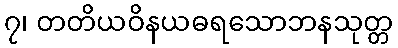
၇၊ တတိယဝိနယဓရသောဘနသုတ္တ